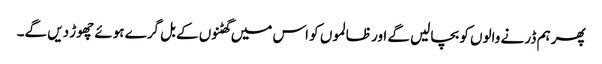
پھر ہم ڈر نے والوں کو بچالیں گے اور ظالموں کو اس میں گھٹنوں کے بل گرے ہوئے چھوڑ دیں گے۔